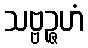
သဗ္ဗဉ္ဇဟံ